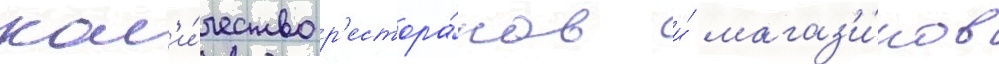
кол'и́чество р'естора́нов и́ магаз'и́нов